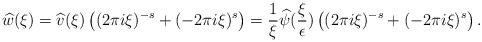
LaTeX: \begin{align*}\widehat{w}(\xi)= \widehat{v}(\xi)\left((2\pi i \xi)^{-s}+(-2\pi i\xi)^s \right) = \dfrac{1}{\xi}\widehat{\psi}(\dfrac{\xi}{\epsilon})\left((2\pi i \xi)^{-s}+(-2\pi i\xi)^s \right).\end{align*}